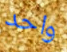
واحد